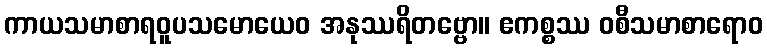
ကာယသမာစာရဝူပသမောယေဝ အနုဿရိတဗ္ဗော။ ဧကစ္စဿ ဝစီသမာစာရောဝ